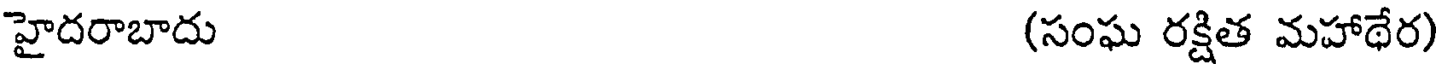
హైదరాబాదు (సంఘ రక్షిత మహాథేర)